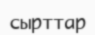
сырттар